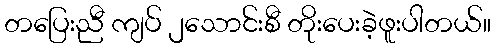
တပြေးညီ ကျပ် ၂သောင်းစီ တိုးပေးခဲ့ဖူးပါတယ်။